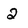
Character: 2